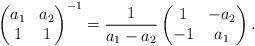
LaTeX: \begin{align*}\begin{pmatrix}a_1 & a_2 \\1 & 1 \end{pmatrix}^{-1}=\frac{1}{a_1-a_2}\begin{pmatrix}1 & -a_2 \\-1 & a_1 \end{pmatrix}.\end{align*}